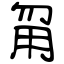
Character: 甮